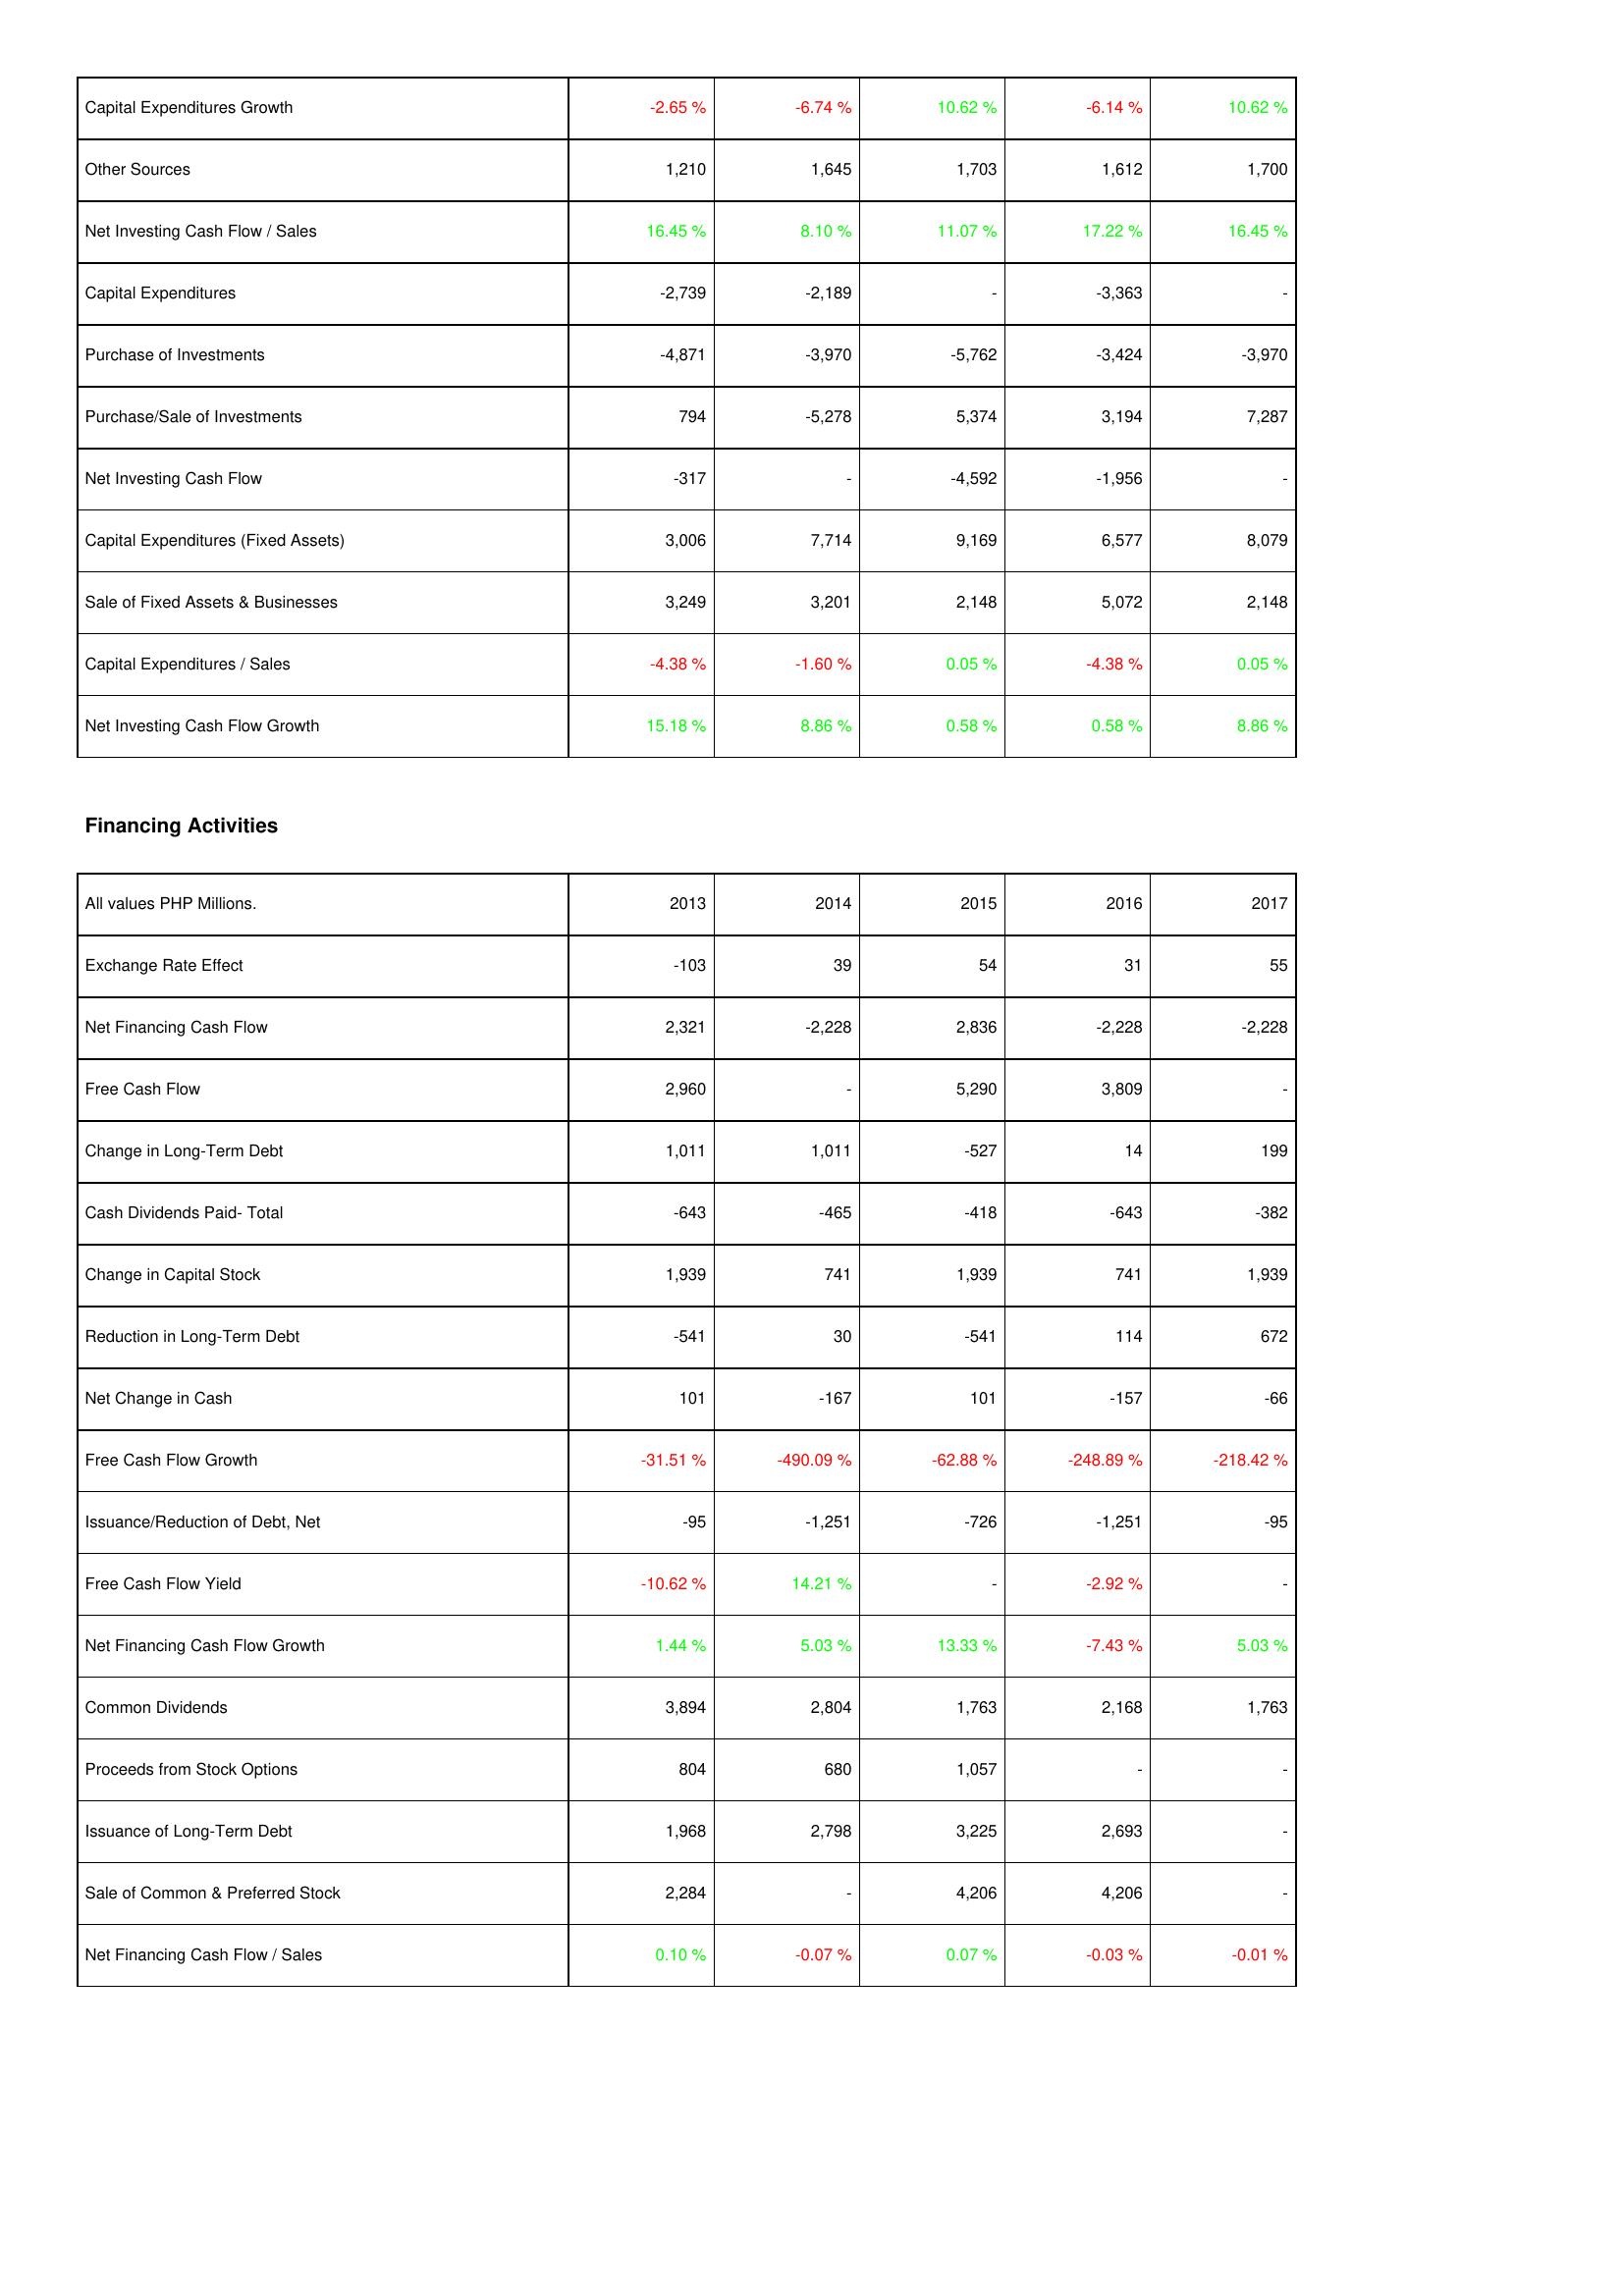
2013: Investing Activities: Capital Expenditures Growth: -2.65 %
Other Sources: 1,210
Net Investing Cash Flow / Sales: 16.45 %
Capital Expenditures: -2,739
Purchase of Investments: -4,871
Purchase/Sale of Investments: 794
Net Investing Cash Flow: -317
Capital Expenditures (Fixed Assets): 3,006
Sale of Fixed Assets & Businesses: 3,249
Capital Expenditures / Sales: -4.38 %
Net Investing Cash Flow Growth: 15.18 %
Financing Activities: Exchange Rate Effect: -103
Net Financing Cash Flow: 2,321
Free Cash Flow: 2,960
Change in Long-Term Debt: 1,011
Cash Dividends Paid- Total: -643
Change in Capital Stock: 1,939
Reduction in Long-Term Debt: -541
Net Change in Cash: 101
Free Cash Flow Growth: -31.51 %
Issuance/Reduction of Debt, Net: -95
Free Cash Flow Yield: -10.62 %
Net Financing Cash Flow Growth: 1.44 %
Common Dividends: 3,894
Proceeds from Stock Options: 804
Issuance of Long-Term Debt: 1,968
Sale of Common & Preferred Stock: 2,284
Net Financing Cash Flow / Sales: 0.10 %
2014: Investing Activities: Capital Expenditures Growth: -6.74 %
Other Sources: 1,645
Net Investing Cash Flow / Sales: 8.10 %
Capital Expenditures: -2,189
Purchase of Investments: -3,970
Purchase/Sale of Investments: -5,278
Net Investing Cash Flow: -
Capital Expenditures (Fixed Assets): 7,714
Sale of Fixed Assets & Businesses: 3,201
Capital Expenditures / Sales: -1.60 %
Net Investing Cash Flow Growth: 8.86 %
Financing Activities: Exchange Rate Effect: 39
Net Financing Cash Flow: -2,228
Free Cash Flow: -
Change in Long-Term Debt: 1,011
Cash Dividends Paid- Total: -465
Change in Capital Stock: 741
Reduction in Long-Term Debt: 30
Net Change in Cash: -167
Free Cash Flow Growth: -490.09 %
Issuance/Reduction of Debt, Net: -1,251
Free Cash Flow Yield: 14.21 %
Net Financing Cash Flow Growth: 5.03 %
Common Dividends: 2,804
Proceeds from Stock Options: 680
Issuance of Long-Term Debt: 2,798
Sale of Common & Preferred Stock: -
Net Financing Cash Flow / Sales: -0.07 %
2015: Investing Activities: Capital Expenditures Growth: 10.62 %
Other Sources: 1,703
Net Investing Cash Flow / Sales: 11.07 %
Capital Expenditures: -
Purchase of Investments: -5,762
Purchase/Sale of Investments: 5,374
Net Investing Cash Flow: -4,592
Capital Expenditures (Fixed Assets): 9,169
Sale of Fixed Assets & Businesses: 2,148
Capital Expenditures / Sales: 0.05 %
Net Investing Cash Flow Growth: 0.58 %
Financing Activities: Exchange Rate Effect: 54
Net Financing Cash Flow: 2,836
Free Cash Flow: 5,290
Change in Long-Term Debt: -527
Cash Dividends Paid- Total: -418
Change in Capital Stock: 1,939
Reduction in Long-Term Debt: -541
Net Change in Cash: 101
Free Cash Flow Growth: -62.88 %
Issuance/Reduction of Debt, Net: -726
Free Cash Flow Yield: -
Net Financing Cash Flow Growth: 13.33 %
Common Dividends: 1,763
Proceeds from Stock Options: 1,057
Issuance of Long-Term Debt: 3,225
Sale of Common & Preferred Stock: 4,206
Net Financing Cash Flow / Sales: 0.07 %
2016: Investing Activities: Capital Expenditures Growth: -6.14 %
Other Sources: 1,612
Net Investing Cash Flow / Sales: 17.22 %
Capital Expenditures: -3,363
Purchase of Investments: -3,424
Purchase/Sale of Investments: 3,194
Net Investing Cash Flow: -1,956
Capital Expenditures (Fixed Assets): 6,577
Sale of Fixed Assets & Businesses: 5,072
Capital Expenditures / Sales: -4.38 %
Net Investing Cash Flow Growth: 0.58 %
Financing Activities: Exchange Rate Effect: 31
Net Financing Cash Flow: -2,228
Free Cash Flow: 3,809
Change in Long-Term Debt: 14
Cash Dividends Paid- Total: -643
Change in Capital Stock: 741
Reduction in Long-Term Debt: 114
Net Change in Cash: -157
Free Cash Flow Growth: -248.89 %
Issuance/Reduction of Debt, Net: -1,251
Free Cash Flow Yield: -2.92 %
Net Financing Cash Flow Growth: -7.43 %
Common Dividends: 2,168
Proceeds from Stock Options: -
Issuance of Long-Term Debt: 2,693
Sale of Common & Preferred Stock: 4,206
Net Financing Cash Flow / Sales: -0.03 %
2017: Investing Activities: Capital Expenditures Growth: 10.62 %
Other Sources: 1,700
Net Investing Cash Flow / Sales: 16.45 %
Capital Expenditures: -
Purchase of Investments: -3,970
Purchase/Sale of Investments: 7,287
Net Investing Cash Flow: -
Capital Expenditures (Fixed Assets): 8,079
Sale of Fixed Assets & Businesses: 2,148
Capital Expenditures / Sales: 0.05 %
Net Investing Cash Flow Growth: 8.86 %
Financing Activities: Exchange Rate Effect: 55
Net Financing Cash Flow: -2,228
Free Cash Flow: -
Change in Long-Term Debt: 199
Cash Dividends Paid- Total: -382
Change in Capital Stock: 1,939
Reduction in Long-Term Debt: 672
Net Change in Cash: -66
Free Cash Flow Growth: -218.42 %
Issuance/Reduction of Debt, Net: -95
Free Cash Flow Yield: -
Net Financing Cash Flow Growth: 5.03 %
Common Dividends: 1,763
Proceeds from Stock Options: -
Issuance of Long-Term Debt: -
Sale of Common & Preferred Stock: -
Net Financing Cash Flow / Sales: -0.01 %